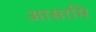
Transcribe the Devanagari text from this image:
आसामि